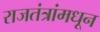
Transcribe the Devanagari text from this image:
राजतंत्रांमधून